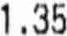
1.35